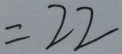
= 2 2